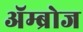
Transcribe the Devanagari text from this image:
ॲम्ब्रोज